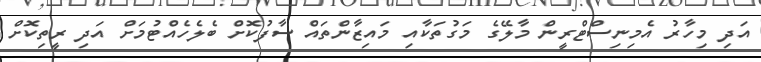
އަދި މިހާރު އެމިނިސްޓްރީން މާލޭގެ މަގުތަކާއި މައިޒާންތައް ސާފުކޮށް ބެލެހެއްޓުމަށް އަދި ރީތިކޮށް